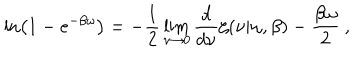
\ln \left( 1 - e ^ { - \beta \omega } \right) = - \frac 1 2 \lim _ { \nu \rightarrow 0 } { \frac { d } { d \nu } } \zeta ( \nu | \omega , \beta ) - { \frac { \beta \omega } { 2 } } ~ ,